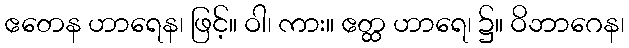
ဧတေန ဟာရေန၊ ဖြင့်။ ဝါ၊ ကား။ ဧတ္ထ ဟာရေ၊ ၌။ ဝိဘာဂေန၊